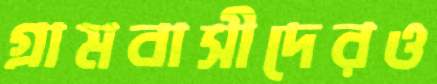
গ্রামবাসীদেরও